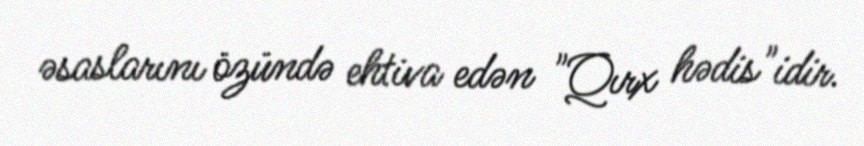
əsaslarını özündə ehtiva edən "Qırx hədis"idir.